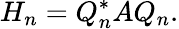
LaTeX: H_{n}=Q_{n}^{*}AQ_{n}.